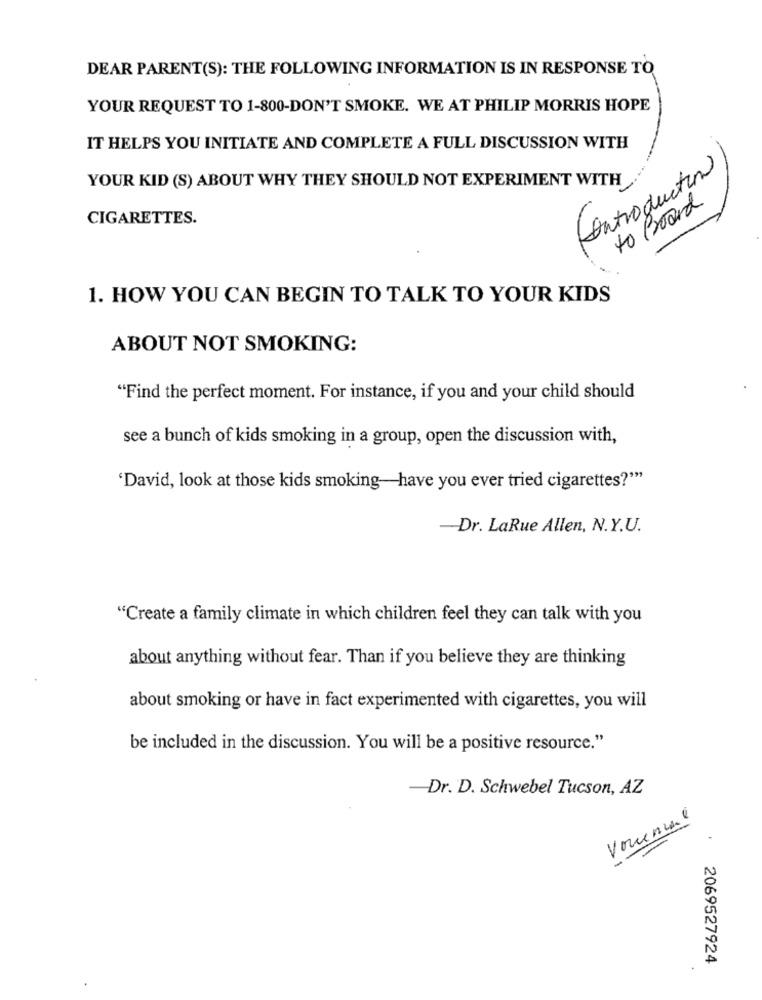
DEAR PARENT(S): THE FOLLOWING INFORMATION IS IN RESPONSE TO
YOUR REQUEST TO 1-800-DON'T SMOKE. WE AT PHILIP MORRIS HOPE
IT HELPS YOU INITIATE AND COMPLETE A FULL DISCUSSION WITH
Controduction
YOUR KID (S) ABOUT WHY THEY SHOULD NOT EXPERIMENT WITH
to Board
CIGARETTES.
1. HOW YOU CAN BEGIN TO TALK TO YOUR KIDS
ABOUT NOT SMOKING:
"Find the perfect moment. For instance, if you and your child should
see a bunch of kids smoking in a group, open the discussion with,
'David, look at those kids smoking-have you ever tried cigarettes?""
-Dr. LaRue Allen, N.Y.U.
"Create a family climate in which children feel they can talk with you
about anything without fear. Than if you believe they are thinking
about smoking or have in fact experimented with cigarettes, you will
be included in the discussion. You will be a positive resource."
-Dr. D. Schwebel Tucson, AZ
Vouenune
.
2069527924